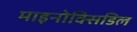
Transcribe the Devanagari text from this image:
माइनोक्सिडिल